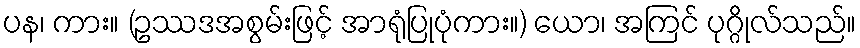
ပန၊ ကား။ (ဥဿဒအစွမ်းဖြင့် အာရုံပြုပုံကား။) ယော၊ အကြင် ပုဂ္ဂိုလ်သည်။